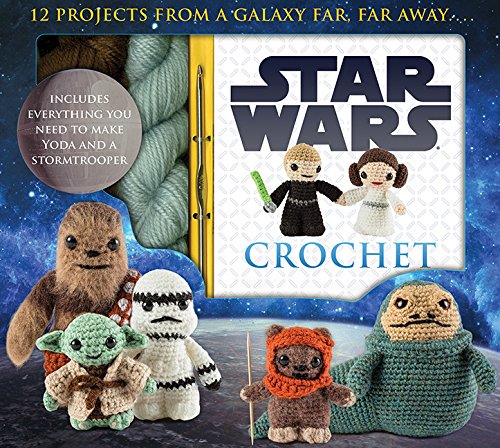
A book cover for Star Wars Crochet (Crochet Kits); Lucy Collin; Crafts, Hobbies & Home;